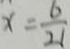
x = \frac { 6 } { 2 1 }